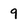
Character: 9